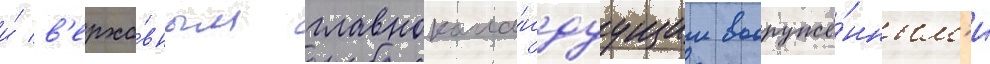
и́ в'ерхо́вным главнокома́ндуущим вооружё́нным'и